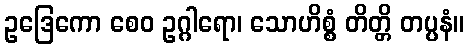
ဥဒြေကော စေဝ ဥဂ္ဂါရော၊ သောဟိစ္စံ တိတ္တိ တပ္ပနံ။